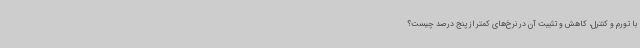
با تورم و کنترل، کاهش و تثبیت آن در نرخ‌های کمتر از پنج درصد چیست؟